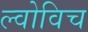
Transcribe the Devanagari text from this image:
ल्वोविच